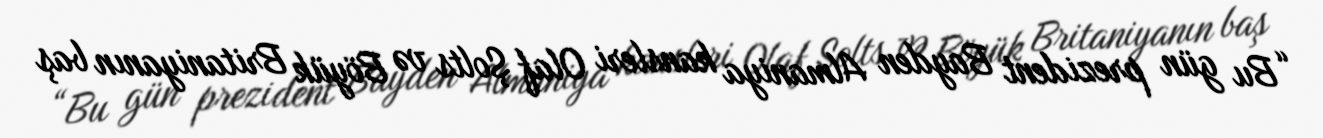
“Bu gün prezident Bayden Almaniya kansleri Olaf Şolts və Böyük Britaniyanın baş